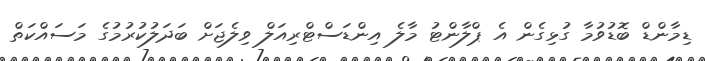
ޑިމާންޑް ބޮޑުވުމާ ގުޅިގެން އެ ޕްލާންޓު މާލެ އިންޑަސްޓްރިއަލް ވިލެޖަށް ބަދަލުކުރުމުގެ މަސައްކަތް